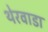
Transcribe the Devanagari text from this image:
थेरवाडा